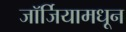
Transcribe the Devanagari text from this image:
जॉर्जियामधून